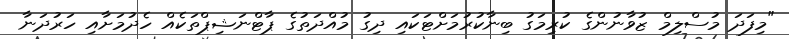
"މިފަދަ މުސްލިމް ޒުވާނުންގެ ކުރިމަގު ބިނާކުރުމަށްޓަކައި ދިގު މުއްދަތުގެ ޕާޓްނަޝިޕްތަކެއް ހެދުމަށާއި ހަރުދަނާ